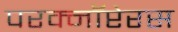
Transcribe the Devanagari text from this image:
परक्नॉप्टेरस